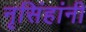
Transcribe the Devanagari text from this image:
नृसिंहांनी